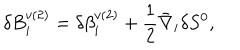
LaTeX: \delta B _ { i } ^ { v ( 2 ) } = \delta \beta _ { i } ^ { v ( 2 ) } + \frac { 1 } { 2 } \bar { \nabla } _ { i } \delta S ^ { 0 } ,